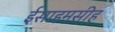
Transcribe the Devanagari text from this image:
ईसाहमसीह